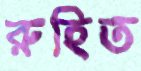
রুহিত